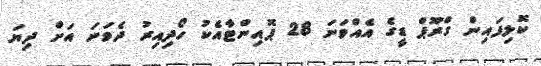
ކޮލިފައިން ގްރޫޕް ޑީގެ އެއްވަނަ 28 ޕޮއިންޓާއެކު ހޯދިއިރު ދެވަނަ އަށް ދިޔަ